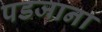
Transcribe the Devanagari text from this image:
पडजाना